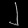
Digit: ၂